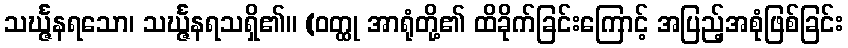
သင်္ဃ္ဇနရသော၊ သင်္ဃ္ဇနရသရှိ၏။ (ဝတ္ထု အာရုံတို့၏ ထိခိုက်ခြင်းကြောင့် အပြည့်အစုံဖြစ်ခြင်း